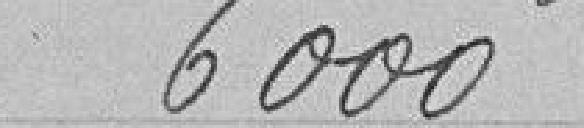
6000